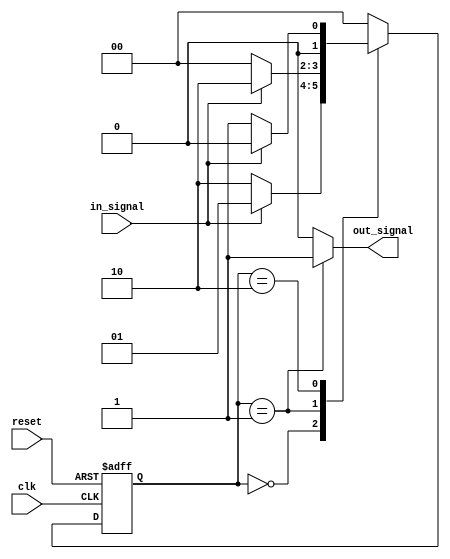
module fsm (
    input wire clk,
    input wire reset,
    input wire in_signal,
    output reg out_signal
);

// Define states
parameter STATE_A = 2'b00;
parameter STATE_B = 2'b01;
parameter STATE_C = 2'b10;

// Define current state register
reg [1:0] current_state, next_state;

// Define next state logic
always @ (posedge clk or posedge reset)
begin
    if (reset)
        current_state <= STATE_A;
    else
        current_state <= next_state;
end

// Transition rules and next state logic
always @ (*)
begin
    case (current_state)
        STATE_A: begin
            if (in_signal)
                next_state = STATE_B;
            else
                next_state = STATE_C;
        end
        STATE_B: begin
            if (in_signal)
                next_state = STATE_C;
            else
                next_state = STATE_A;
        end
        STATE_C: begin
            if (in_signal)
                next_state = STATE_A;
            else
                next_state = STATE_B;
        end
        default: next_state = STATE_A;
    endcase
end

// Output signals representing actions to be taken in each state
always @ (*)
begin
    case (current_state)
        STATE_A: out_signal = 1'b0;
        STATE_B: out_signal = 1'b1;
        STATE_C: out_signal = 1'b0;
        default: out_signal = 1'b0;
    endcase
end

endmodule